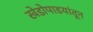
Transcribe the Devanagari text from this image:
खेडोपाडयांतून